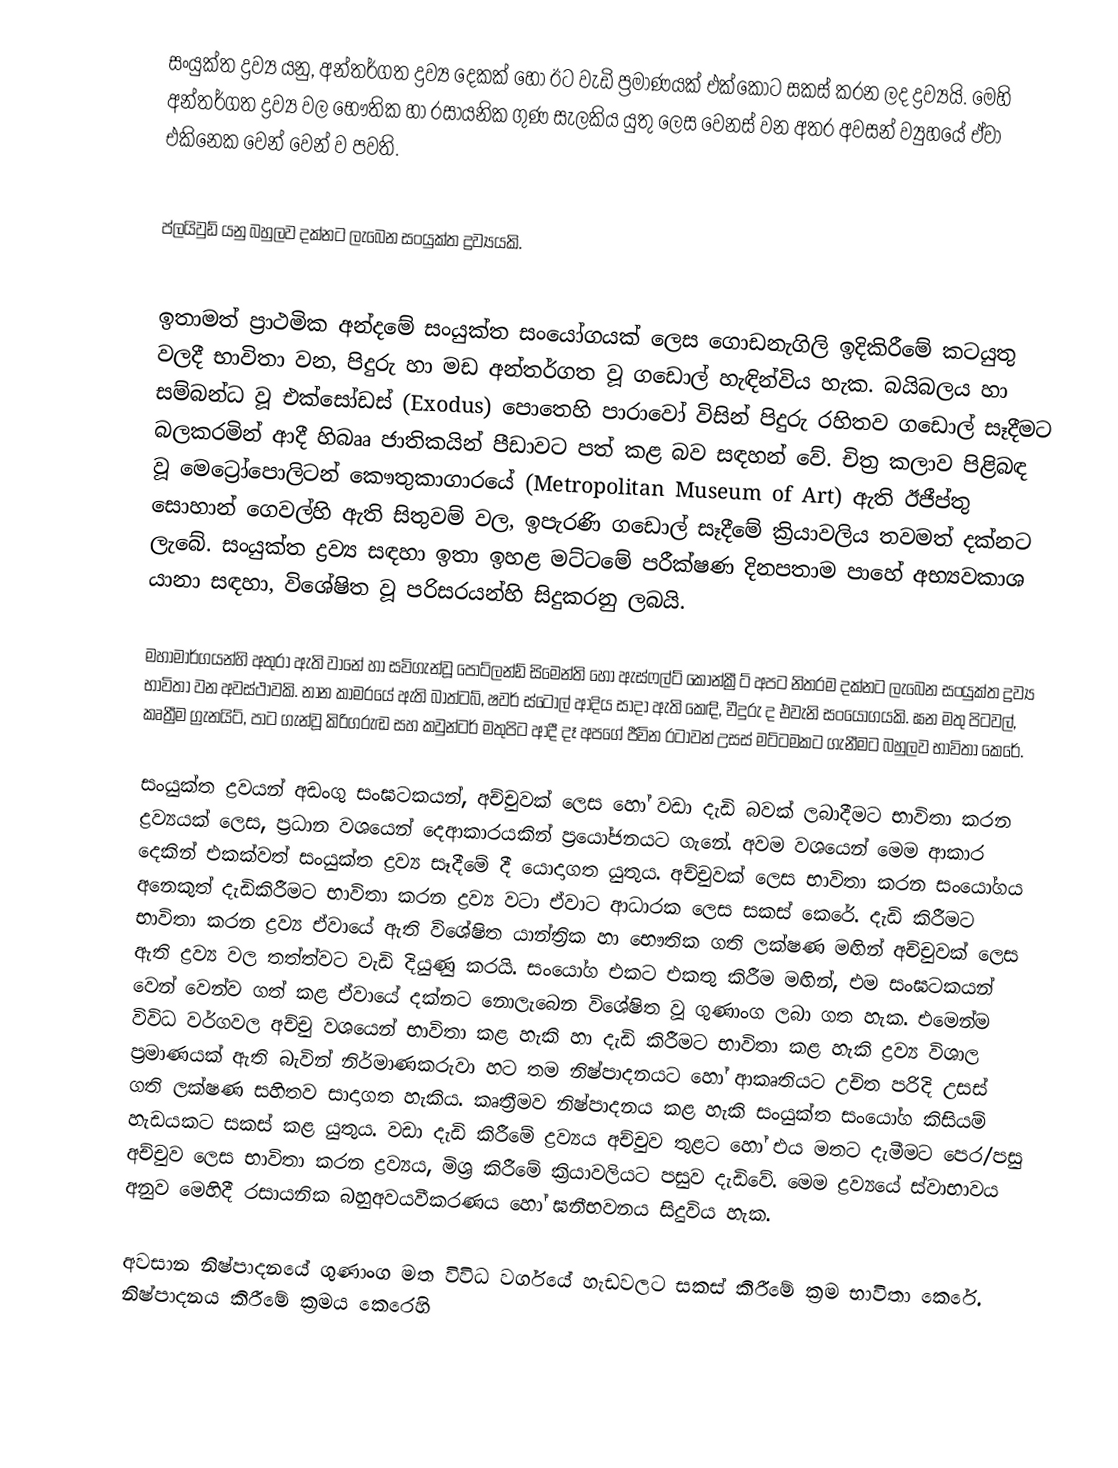
සංයුක්ත ද්‍රව්‍ය යනු, අන්තර්ගත ද්‍රව්‍ය දෙකක් හෝ ඊට වැඩි ප්‍රමාණයක්  එක්කොට සකස් කරන ලද ද්‍රව්‍යයි. මෙහි අන්තර්ගත ද්‍රව්‍ය වල භෞතික හා රසායනික ගුණ සැලකිය යුතු ලෙස වෙනස් වන අතර අවසන් ව්‍යුහයේ ඒවා එකිනෙක වෙන් වෙන් ව පවති.

ප්ලයිවුඩ් යනු බහුලව දක්නට ලැබෙන සංයුක්ත ද්‍රව්‍යයකි.

ඉතාමත් ප්‍රාථමික අන්දමේ සංයුක්ත සංයෝගයක් ලෙස ගොඩනැගිලි ඉදිකිරීමේ කටයුතු වලදී භාවිතා වන, පිදුරු හා මඩ අන්තර්ගත වූ ගඩොල් හැඳින්විය හැක. බයිබලය හා  සම්බන්ධ වූ එක්සෝඩස්  (Exodus) පොතෙහි පාරාවෝ විසින් පිදුරු රහිතව ගඩොල් සෑදීමට බලකරමින් ආදී හිබෲ ජාතිකයින් පීඩාවට පත් කළ බව සඳහන් වේ. චිත්‍ර කලාව පිළිබඳ වූ  මෙට්‍රෝපොලිටන් කෞතුකාගාරයේ  (Metropolitan Museum of Art) ඇති ඊජීප්තු සොහාන් ගෙවල්හි ඇති සිතුවම් වල, ඉපැරණි ගඩොල් සෑදීමේ ක්‍රියාවලිය තවමත් දක්නට ලැබේ. සංයුක්ත ද්‍රව්‍ය සඳහා ඉතා ඉහළ මට්ටමේ පරීක්ෂණ දිනපතාම පාහේ අභ්‍යවකාශ යානා සඳහා, විශේෂිත වූ පරිසරයන්හි සිදුකරනු ලබයි.

මහාමාර්ගයන්හි අතුරා ඇති වානේ හා සවිගැන්වූ පෝට්ලන්ඩ් සිමෙන්ති හෝ ඇස්ෆල්ට් කොන්ක්‍රීට් අපට නිතරම දක්නට ලැබෙන සංයුක්ත ද්‍රව්‍ය භාවිතා වන අවස්ථාවකි. නාන කාමරයේ ඇති බාත්ටබ්, ෂවර් ස්ටෝල් ආදිය සාදා ඇති කෙඳි, වීදුරු ද එවැනි සංයෝගයකි. ඝන මතු පිටවල්, කෘත්‍රීම ග්‍රැනයිට්, පාට ගැන්වූ කිරිගරුඬ සහ කවුන්ටර් මතුපිට ආදී දෑ අප‍ගේ ජීවින රටාවන් උසස් මට්ටමකට ගැනීමට බහුලව භාවිතා කෙරේ.

සංයුක්ත ද්‍රවයන් අඩංගු සංඝටකයන්, අච්චුවක් ලෙස හෝ වඩා දැඩි බවක් ලබාදීමට භාවිතා කරන ද්‍රව්‍යයක් ලෙස, ප්‍රධාන වශයෙන් දෙආකාරයකින් ප්‍රයෝජනයට ගැනේ. අවම වශයෙන් මෙම ආකාර දෙකින් එකක්වත් සංයුක්ත ද්‍රව්‍ය  සෑදීමේ දී ‍යොදාගත යුතුය. අච්චුවක් ලෙස භාවිතා කරන සංයෝගය අනෙකුත් දැඩිකිරීමට භාවිතා කරන ද්‍රව්‍ය වටා ඒවාට ආධාරක ලෙස සකස් කෙරේ. දැඩි කිරීමට භාවිතා කරන ද්‍රව්‍ය ‍ඒවායේ ඇති විශේෂිත යාන්ත්‍රික හා  භෞතික  ගති ලක්ෂණ මඟින් අච්චුවක් ලෙස ඇති ද්‍රව්‍ය වල තත්ත්වට වැඩි දියුණු කරයි. සංයෝග එකට එකතු කිරීම මඟින්, එම සංඝටකයන් වෙන් වෙන්ව ගත් කළ ඒවායේ දක්නට නොලැබෙන විශේෂිත වූ ගුණාංග ලබා ගත හැක.  එමෙන්ම විවිධ වර්ගවල අච්චු වශයෙන් භාවිතා කළ හැකි හා දැඩි කිරීමට භාවිතා කළ හැකි ද්‍රව්‍ය විශාල  ප්‍රමාණයක් ඇති බැවින් නිර්මාණකරුවා හට තම නිෂ්පාදනයට හෝ  ආකෘතියට උචිත පරිදි උසස් ගති ලක්ෂණ සහිතව සාදාගත හැකිය.  කෘත්‍රීමව නිෂ්පාදනය  කළ හැකි  සංයුක්ත සංයෝග කිසියම් හැඩයකට සකස් කළ යුතුය. වඩා දැඩි කිරී‍මේ ද්‍රව්‍යය අච්චුව තුළට හෝ එය මතට දැමීමට පෙර/පසු අච්චුව ලෙස භාවිතා කරන ද්‍රව්‍යය, මිශ්‍ර  කිරීමේ ක්‍රියාවලියට පසුව දැඩිවේ. මෙම ද්‍රව්‍යයේ ස්වාභාවය අනුව මෙහිදී රසායනික බහුඅවයවීකරණය හෝ ඝනීභවනය සිදුවිය හැක.

අවසාන නිෂ්පාදනයේ ගුණාංග මත විවිධ  වර්ග‍යේ හැඩවලට සකස් කිරීමේ ක්‍රම භාවිතා කෙරේ. නිෂ්පාදනය කිරී‍මේ  ක්‍රමය කෙරෙහි